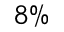
8 \%